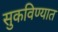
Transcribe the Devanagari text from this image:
सुकविण्यात